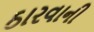
ઠારવાની